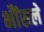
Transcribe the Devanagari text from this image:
भौंसले